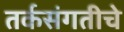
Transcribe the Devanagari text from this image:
तर्कसंगतीचे